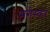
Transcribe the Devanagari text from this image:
मंगेस्कर